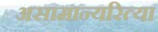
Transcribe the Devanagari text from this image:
असामान्यरित्या